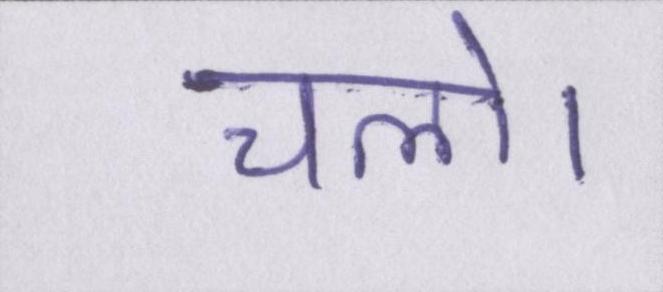
चलो।